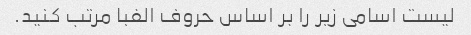
لیست اسامی زیر را بر اساس حروف الفبا مرتب کنید.